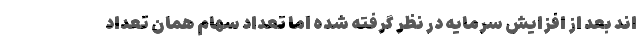
اند بعد از افزایش سرمایه در نظر گرفته شده اما تعداد سهام همان تعداد